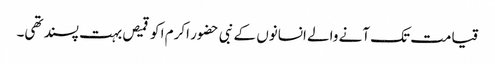
قیامت تک آنے والے انسانوں کے نبی حضور اکرم ا کو قمیص بہت پسند تھی۔